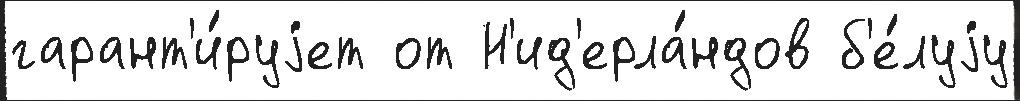
гарант'и́руjет от Н'ид'ерла́ндов б'е́луjу